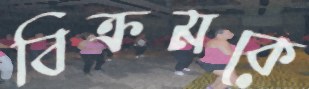
বিক্রমকে